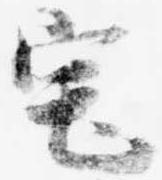
宅